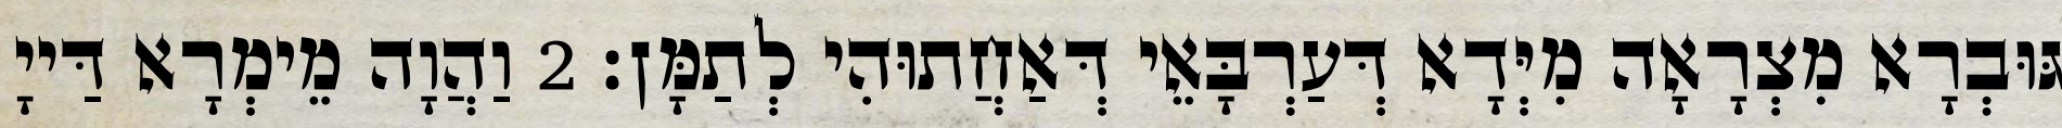
גּוּבְרָא מִצְרָאָה מִיְּדָא דְּעַרְבָּאֵי דְּאַחֲתוּהִי לְתַמָּן׃ 2 וַהֲוָה מֵימְרָא דַּייָ